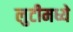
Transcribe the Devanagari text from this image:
लुटीमध्ये